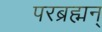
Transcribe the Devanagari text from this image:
परब्रह्मन्